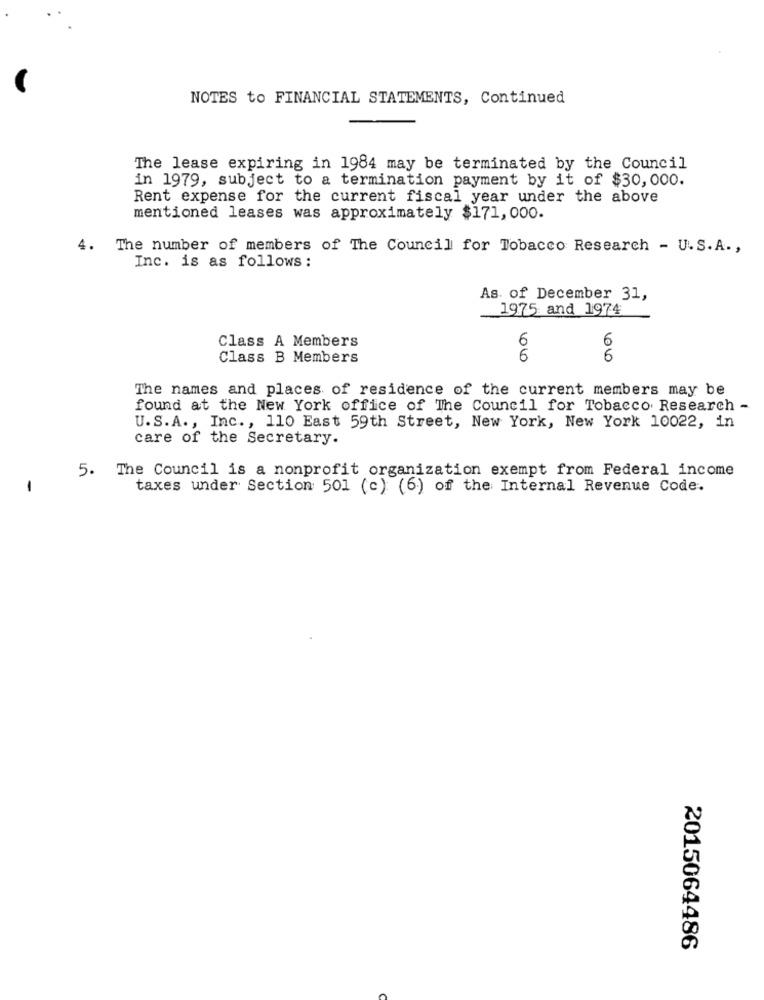
NOTES to FINANCIAL STATEMENTS, Continued
The lease expiring in 1984 may be terminated by the Council
in 1979, subject to a termination payment by it of $30,000.
Rent expense for the current fiscal year under the above
mentioned leases was approximately $171,000.
4.
The number of members of The Council for Tobacco Research - U.S.A .,
Inc. is as follows :
As. of December 31,
1975 and 1974
Class A Members
6
6
Class B Members
6
6
The names and places of residence of the current members may be
found at the New York office of The Council for Tobacco Research -
U.S.A ., Inc ., 110 East 59th Street, New York, New York 10022, in
care of the Secretary.
5. The Council is a nonprofit organization exempt from Federal income
-
taxes under Section 501 (c) (6) of the Internal Revenue Code.
2015064486